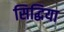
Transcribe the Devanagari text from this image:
सिद्धिया